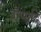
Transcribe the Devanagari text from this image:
द्रोणादि